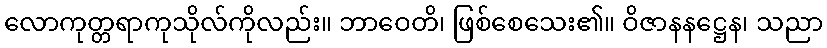
လောကုတ္တရာကုသိုလ်ကိုလည်း။ ဘာဝေတိ၊ ဖြစ်စေသေး၏။ ဝိဇာနနဋ္ဌေန၊ သညာ